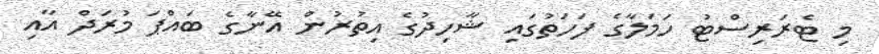
މި ޓެރަރިސްޓު ހަމަލާގެ ފަހަތުގައި ޝާހިދުގެ އިތުރުން އޭނާގެ ބައްޕަ މުރަދް އާއި